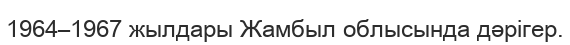
1964–1967 жылдары Жамбыл облысында дәрігер.